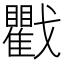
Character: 戵